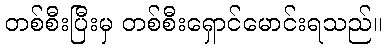
တစ်စီးပြီးမှ တစ်စီးရှောင်မောင်းရသည်။